Lunatic asylums Bombay report 1878-1890 - 1878-1890
Year: 1878
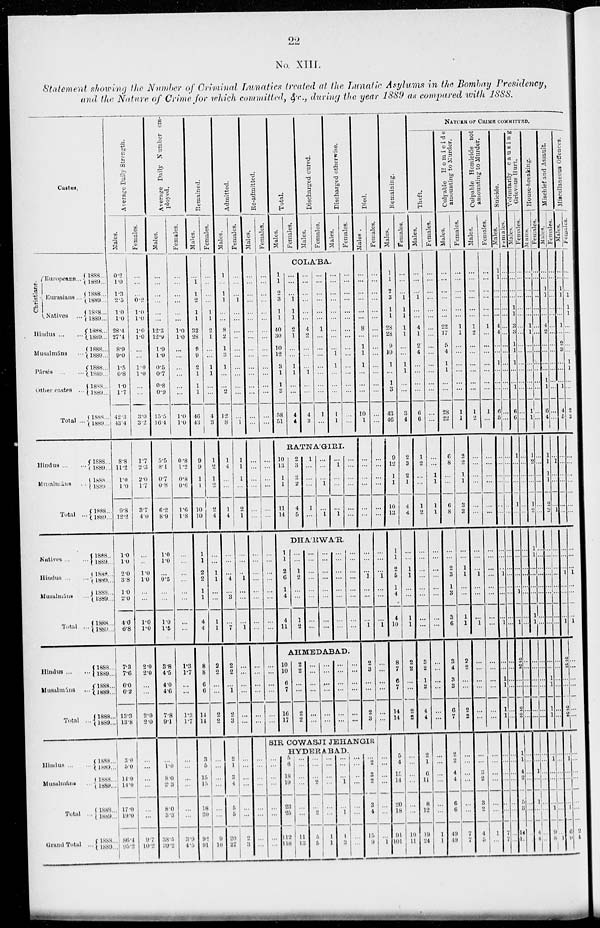
22
No XIII.
Statement showing the Number of Criminal Lunatics treated at the Lunatic Asylums in the Bombay Presidency,
and the Nature of Crime for which committed, & c., during the year 1889 as compared with 1888.
Castes.
Christians.
Europeans
...
Eurasians ...
Natives ...
Hindus ... ...
Musalmáns ...
Pársis ... ...
Other
castes
...
Total ...
Hindus ... ...
Musalmáns
...
Total
...
Natives ... ...
Hindus ... ...
Musalmáns ...
Total
...
Hindus ... ...
Musalmáns ...
Total
...
Hindus ... ...
Musalmáns ... ...
Total ...
Grand Total
...
1888...
1889...
1888...
1889...
1888...
1889...
1888...
1889..
1888...
1889...
1888...
1889..
1888...
1889...
1888...
1889...
1888...
1889...
1888...
1889...
1888...
1889...
1888...
1889...
1888...
1889...
1888...
1889...
1888...
1889...
1888...
1889...
1888...
1889...
1888...
1889...
1888...
1889...
1888...
1889...
1888...
1889...
1888...
1889...
Average Daily Strength.
Males.
0.2
1.0
1.3
2.3
1.0
1.0
28.4
27.4
8.9
9.0
1.5
0.8
1.0
1.7
42.3
13.4
8.8
11.2
1.0
1.0
3.8
12.2
1.0
1.0
2.0
3.8
1.0
2.0
4.0
6.8
7.3
7.6
6.0
6.2
13.3
13.8
3.0
3.0
11.0
14.0
17.0
19.0
86.4
95.2
Females.
...
...
...
0.2
1.0
1.0
1.0
1.0
...
...
1.0
1.0
...
...
3.9
3.2
1.7
2.3
2.0
1.7
3.7
4.0
...
...
1.0
1.0
...
...
1.0
1.0
2.0
2.0
...
...
2.0
2.0
...
...
...
...
...
...
9.7
10.2
Average Daily Number em-
ployed.
Males.
...
...
...
...
...
...
12.3
12.9
1.9
1.9
0.5
0.7
0.8
0.9
15.5
16.4
5.5
8.1
0.7
0.8
6.2
8.9
1.0
1.0
...
0.5
...
...
1.0
1.5
3.8
4.5
4.0
4.6
7.8
9.1
... 1.0
8.0
2.3
8.0
3.3
38.5
39.2
Females.
...
...
...
...
...
...
1.0
1.0
...
...
...
...
...
...
1.0
1.0
6.8
1.2
0.8
0.6
1.6
1.8
...
...
...
...
...
...
...
...
1.3
1.7
...
...
1.3
1.7
...
...
...
...
...
...
3.9
4.5
Remained.
Males.
...
1
1
2
1
1
32
28
9
9
2
1
1
1
46
43
9
9
1
1
10
10
1
1
2
2
1
1
4
4
8
8
6
6
14
14
3
5
15
15
18
20
92
91
Females.
...
...
...
...
1
1
2
1
...
...
1
1
...
...
4
3
1
2
1
2
2
4
...
...
1
1
...
...
1
1
2
2
...
...
2
2
... ...
...
...
...
9
10
Admitted.
Males.
1
...
1
1
...
...
8
2
1
3
1
...
...
2
12
8
1
4
...
...
1
4
...
...
...
4
...
3
...
7
2
2
...
1
2
3
2
1
3
4
5
5
20
27
Females.
...
...
...
1
...
...
...
...
...
...
...
...
...
...
...
1
1
1
1
...
2
1
...
...
...
1
...
...
...
1
...
...
...
...
...
...
... ...
...
...
...
...
...
3
Re-admitted.
Males.
...
...
...
...
...
...
...
...
...
...
...
...
...
...
...
...
...
...
...
...
...
...
...
...
...
...
...
...
...
...
...
...
...
...
...
...
Females.
...
...
...
...
...
...
...
...
...
...
...
...
...
...
...
...
...
...
...
...
...
...
...
...
...
...
...
...
...
...
...
...
...
...
...
...
Total.
Males.
Females.
Discharged cured.
Males.
Females.
Discharged otherwise.
Males.
Females.
COLA'BA.
1
1
2
3
1
1
40
30
10
12
3
1
1
3
58
51
...
...
...
1
1
1
2
1
...
...
1
1
...
...
4
4
...
...
...
...
...
...
4
2
...
...
...
1
...
...
4
3
...
...
...
...
...
...
1
...
...
...
...
...
...
...
1
...
...
...
...
...
...
...
...
...
...
1
1
...
...
...
1
1
...
...
...
...
...
...
...
...
...
...
...
...
...
...
...
...
RATNA'GIRI.
10
13
1
1
...
14
2
3
2
2
...
5
1
...
...
...
...
...
...
...
...
1
...
1
... 1
...
...
...
1
...
...
...
...
...
...
DHA'RWA'R.
1
1
2
6
1
4
4
11
...
...
1
2
...
...
1
2
...
...
...
...
...
...
...
...
...
...
...
...
...
...
...
...
...
...
...
...
...
...
...
...
...
...
...
...
...
...
...
...
AHMEDABAD.
10
10
6
7
16
17
2
2
...
...
2
2
...
...
...
...
...
...
...
...
...
...
...
...
...
...
...
...
...
...
...
...
...
...
...
...
Died.
Males.
...
...
...
...
...
...
8
...
1
1
1
...
...
...
10
1
...
...
...
...
...
...
...
...
...
1
...
...
...
1
2
3
...
...
2
3
Females.
...
...
...
...
...
...
...
...
...
...
...
...
...
...
...
...
...
...
...
...
...
...
...
...
...
1
...
...
...
1
...
...
...
...
...
...
SIR COWASJI JEHANGIR
HYDERABAD.
...
...
...
...
...
...
...
...
...
...
...
...
...
...
...
...
5
6
18
19
23
25
112
118
...
...
...
...
...
...
11
13
...
...
...
...
...
2
5
5
...
...
...
...
...
...
1
1
...
...
...
1
...
1
1
3
...
...
...
...
...
...
...
...
... 2
3
2
3
4
15
9
...
...
...
...
...
...
...
1
Remaining.
Males.
1
1
2
3
1
1
28
28
9
10
1
...
1
3
43
46
9
12
1
1
...
13
1
1
2
5
1
4
4
10
8
7
5
7
14
14
5
4
15
14
20
18
91
101
Females.
...
...
...
1
1
1
1
1
...
...
1
1
...
...
3
4
2
3
2
1
...
4
...
...
1
1
...
...
1
1
2
2
...
...
2
2
...
...
...
...
...
...
19
11
NATURE OF CRIME COMMITTED.
Theft.
Males.
...
...
...
1
...
...
4
1
2
4
...
...
...
...
6
6
1
2
...
...
...
2
...
...
...
...
...
...
...
...
3
2
1
2
4
4
2
1
6
11
8
12
19
24
Females.
...
...
...
...
...
...
...
...
...
...
...
...
...
...
...
...
...
...
1
1
...
1
...
...
...
...
...
...
...
...
...
...
...
...
...
...
...
...
...
...
...
...
1
1
Culpable Homicide
amounting to
Murder.
Males.
...
...
...
...
...
...
22
17
5
4
1
1
...
...
28
22
6
8
...
...
6
8
...
...
2
3
1
3
3
6
3
4
3
3
6
7
2
2
4
4
6
6
49
49
Females.
...
...
...
...
...
...
1
1
...
...
...
...
...
...
1
1
2
2
1
1
3
3
...
...
1
1
...
...
1
1
2
2
...
...
2
2
...
...
...
...
...
...
7
7
Culpable Homicide not
amounting to Murder
Males.
...
...
...
...
...
...
1
2
...
...
...
...
...
...
1
2
...
...
...
...
...
...
...
...
...
1
...
...
...
1
...
...
...
...
...
...
...
...
3
2
3
2
4
5
Females.
...
...
...
...
...
...
1
...
...
...
...
...
...
...
1
...
...
...
...
...
...
...
...
...
...
...
...
...
...
...
...
...
...
...
...
...
...
...
...
...
...
...
1
...
Suicide.
Males.
1
1
...
...
...
...
4
4
...
...
1
...
...
...
6
5
...
...
...
...
...
...
...
...
...
1
...
...
...
1
...
...
1
1
1
1
...
...
...
...
...
...
7
7
Females.
...
...
...
...
...
...
...
...
...
...
...
...
...
...
...
...
...
...
...
...
...
...
...
...
...
...
...
...
...
...
...
...
...
...
...
...
...
...
...
...
...
...
...
...
Voluntarily causing
Grievous Hurt.
Males.
...
...
...
...
1
1
3
3
1
1
1
...
...
1
6
6
1
...
...
...
...
...
...
...
...
...
...
1
...
1
2
2
...
...
2
2
1
1
4
2
...
3
14
1
Females.
...
...
...
...
...
...
...
...
...
...
...
...
...
...
...
...
...
...
...
...
...
...
...
...
...
...
...
...
...
...
...
...
...
...
...
...
...
...
...
...
...
...
...
...
House-Breaking.
Males.
...
...
...
...
...
...
1
1
...
...
...
...
...
...
1
1
1
2
...
...
1
2
1
1
...
...
...
...
1
1
...
...
...
...
...
...
...
...
...
1
...
1
...
4
4
Females.
...
...
...
...
...
...
...
...
...
...
...
...
...
...
...
...
...
...
...
...
...
...
...
...
...
...
...
...
...
...
...
...
...
...
...
...
...
...
...
...
...
...
...
...
Mischief and Assault.
Males.
...
...
1
1
...
...
4
2
...
...
...
...
1
1
6
4
1
1
1
1
...
2
...
...
...
...
...
...
...
...
...
...
1
1
1
1
...
... 1
...
...
...
1
9
8
Females.
...
...
...
...
...
...
...
...
...
...
...
...
...
...
...
...
... 1
...
...
...
1
...
...
...
...
...
...
...
...
...
...
...
...
...
...
...
...
...
...
...
...
...
...
1
Miscellaneous Offences.
Males.
...
...
1
1
...
...
1
...
2
3
...
...
...
1
4
5
...
...
...
...
...
...
...
...
...
1
...
...
...
1
2
2
...
...
2
2
...
... 1
...
...
...
1
6
9
Females.
...
...
...
1
1
1
...
...
...
...
1
1
...
...
2
3
...
...
...
...
...
...
...
...
...
1
...
...
...
1
...
...
...
...
...
...
...
...
...
...
...
...
...
2
1